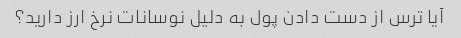
آیا ترس از دست دادن پول به دلیل نوسانات نرخ ارز دارید؟